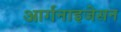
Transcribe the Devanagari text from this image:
आर्गनाइजेसन